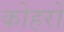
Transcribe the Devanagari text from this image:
कोहरों